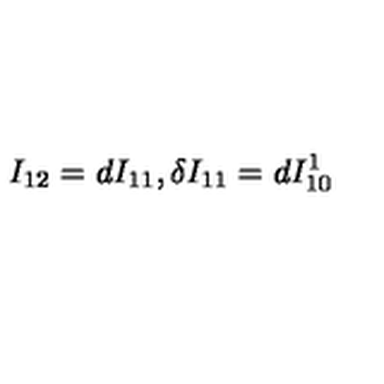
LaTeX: I _ { 1 2 } = d I _ { 1 1 } , \delta I _ { 1 1 } = d I _ { 1 0 } ^ { 1 }